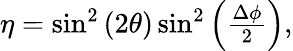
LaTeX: \begin{array}{r}{\eta=\sin^{2}\left(2\theta\right)\sin^{2}\left(\frac{\Delta\phi}{2}\right),}\end{array}